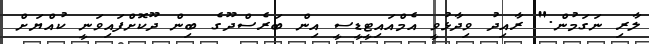
ލާރި ނަގަމުން." ރާއިދު ވިދާޅުވީ އެމްއައިޓީޑީސީ އިން ބަރެސްދޫގެ ބިން ދޫކޮށްފައިވަނީ ކުއްޔަށް